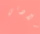
ولادتي